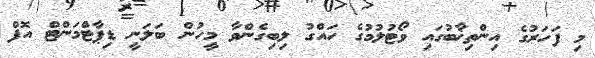
މި ފަހަރުގެ އިންތިޚާބުގައި ވޯޓުލުމުގެ ހައްގު ލިބިގެންވާ މީހުން ބަލަނީ ޑިޕާޓްމަންޓް އޮފް